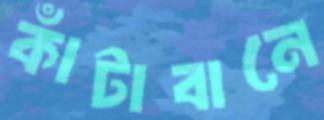
কাঁটাবানে